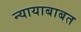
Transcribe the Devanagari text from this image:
न्यायाबाबत